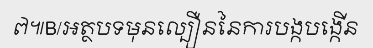
៧៕B/អត្ថបទមុនល្បឿននៃការបង្កបង្កើន